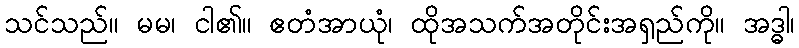
သင်သည်။ မမ၊ ငါ၏။ ဧတံအာယုံ၊ ထိုအသက်အတိုင်းအရှည်ကို။ အဒ္ဓါ၊